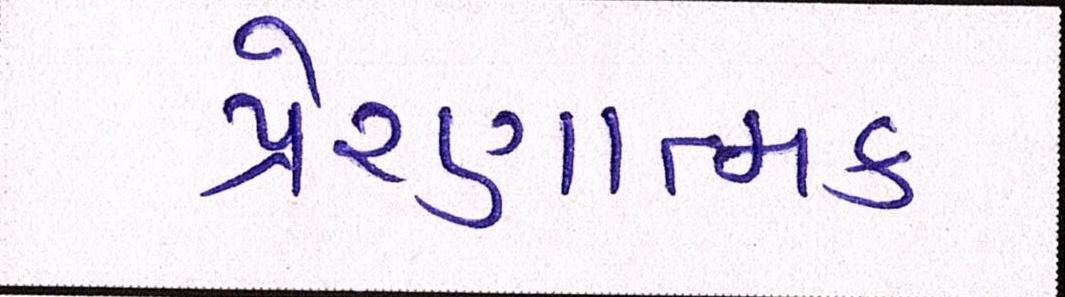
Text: પ્રેરણાત્મક